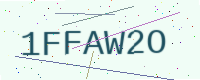
Text: 1FFAW2O